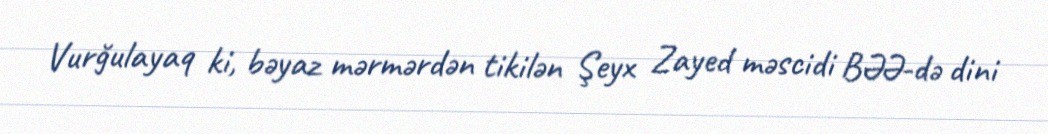
Vurğulayaq ki, bəyaz mərmərdən tikilən Şeyx Zayed məscidi BƏƏ-də dini